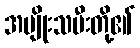
အမျိုးသမီးတို့၏